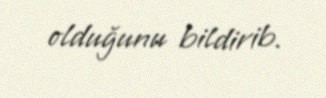
olduğunu bildirib.